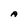
Character: A